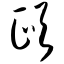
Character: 颐